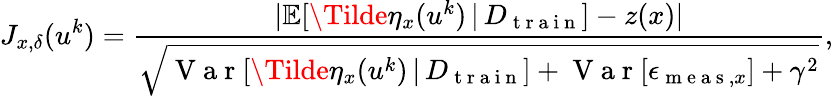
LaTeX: J_{x,\delta}(u^{k})=\frac{\lvert\mathbb{E}[\Tilde{\eta}_{x}(u^{k})\, \vert\, D_{\mathrm{~t~r~a~i~n~}}]-z(x)\rvert}{\sqrt{\mathrm{~V~a~r~}[\Tilde{\eta}_{x}(u^{k})\, \vert\, D_{\mathrm{~t~r~a~i~n~}}]+\mathrm{~V~a~r~}[\epsilon_{\mathrm{~m~e~a~s~},x}]+\gamma^{2}}},